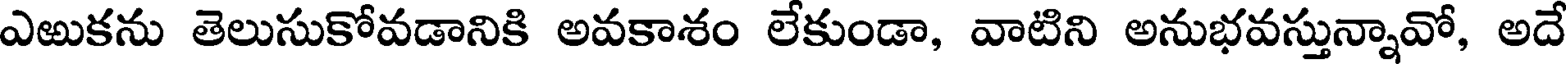
ఎఱుకను తెలుసుకోవడానికి అవకాశం లేకుండా, వాటిని అనుభవస్తున్నావో, అదే